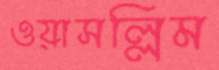
ওয়াসল্লিম